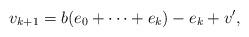
LaTeX: \begin{align*}v_{k+1}= b(e_0+ \dots + e_k)-e_k +v',\end{align*}